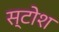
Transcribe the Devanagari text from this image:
स्टोश